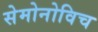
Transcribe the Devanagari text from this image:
सेमोनोविच